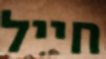
חייל